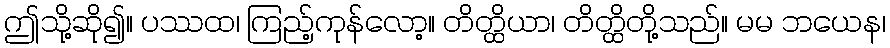
ဤသို့ဆို၍။ ပဿထ၊ ကြည့်ကုန်လော့။ တိတ္ထိယာ၊ တိတ္ထိတို့သည်။ မမ ဘယေန၊